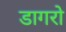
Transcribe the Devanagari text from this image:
डागरो